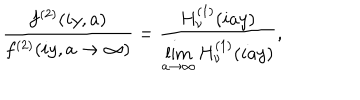
\frac { f ^ { ( 2 ) } ( i y , a ) } { f ^ { ( 2 ) } ( i y , a \to \infty ) } = \frac { H _ { \nu } ^ { ( 1 ) } ( i a y ) } { \lim _ { a \to \infty } H _ { \nu } ^ { ( 1 ) } ( i a y ) } ,